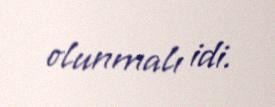
olunmalı idi.